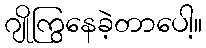
ဂျိုကြွနေခဲ့တာပေါ့။